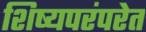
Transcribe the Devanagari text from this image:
शिष्यपरंपरेत